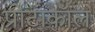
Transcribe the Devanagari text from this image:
प्रोटाकॉल